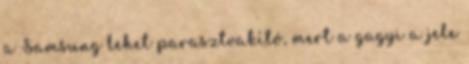
a Samsung lehet parasztvakító, mert a gagyi a jele